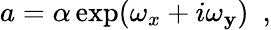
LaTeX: a=\alpha\exp(\omega_{x}+i\omega_{\mathbf{y}})~~,